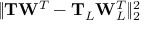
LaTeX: \| \mathbf { T } \mathbf { W } ^ { T } - \mathbf { T } _ { L } \mathbf { W } _ { L } ^ { T } \| _ { 2 } ^ { 2 }